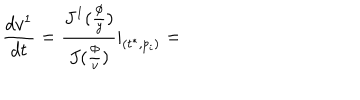
LaTeX: \frac { d v ^ { 1 } } { d t } = \frac { J ^ { 1 } ( \frac \phi y ) } { J ( \frac \phi v ) } | _ { ( t ^ { * } , p _ { i } ) } =